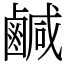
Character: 鹹